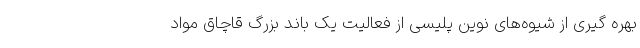
بهره گیری از شیوه‌های نوین پلیسی از فعالیت یک باند بزرگ قاچاق مواد